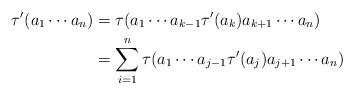
LaTeX: \begin{align*}\tau' (a_1\cdots a_n)&=\tau(a_1\cdots a_{k-1}\tau' (a_k )a_{k+1}\cdots a_n)\\&=\sum_{i=1}^n\tau(a_1\cdots a_{j-1}\tau' (a_j )a_{j+1}\cdots a_n)\end{align*}